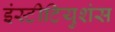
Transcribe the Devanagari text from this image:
इंस्टीटियुशंस